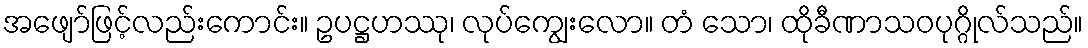
အဖျော်ဖြင့်လည်းကောင်း။ ဥပဋ္ဌဟဿု၊ လုပ်ကျွေးလော။ တံ သော၊ ထိုခီဏာသဝပုဂ္ဂိုလ်သည်။